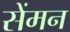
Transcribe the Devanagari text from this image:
सेंमन